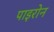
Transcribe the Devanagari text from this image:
पाइरोन